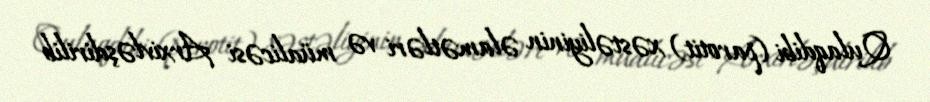
Qulaqdibi (parotit) xəstəliyinin əlamətləri və müalicəsi Arxivləşdirilib